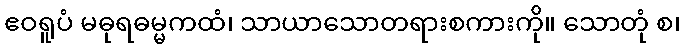
ဧဝရူပံ မဓုရဓမ္မကထံ၊ သာယာသောတရားစကားကို။ သောတုံ စ၊